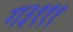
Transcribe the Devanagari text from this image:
ग३१११